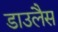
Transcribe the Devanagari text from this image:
डाउलैस